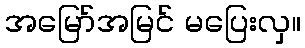
အမြော်အမြင် မပြေးလှ။